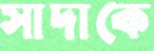
সাদাকে